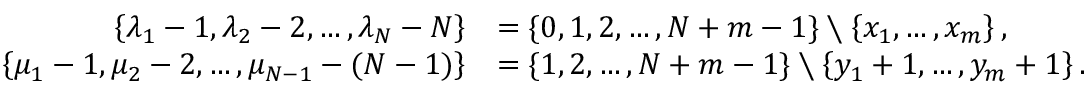
\begin{array} { r l } { \left\{ \lambda _ { 1 } - 1 , \lambda _ { 2 } - 2 , \ldots , \lambda _ { N } - N \right\} } & { = \{ 0 , 1 , 2 , \ldots , N + m - 1 \} \setminus \left\{ x _ { 1 } , \ldots , x _ { m } \right\} , } \\ { \left\{ \mu _ { 1 } - 1 , \mu _ { 2 } - 2 , \ldots , \mu _ { N - 1 } - ( N - 1 ) \right\} } & { = \{ 1 , 2 , \ldots , N + m - 1 \} \setminus \left\{ y _ { 1 } + 1 , \ldots , y _ { m } + 1 \right\} . } \end{array}